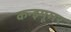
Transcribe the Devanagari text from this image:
कन्झ्यूमर